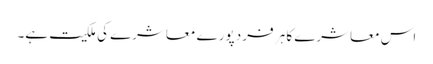
اس معاشرے کا ہر فرد پورے معاشرے کی ملکیت ہے۔